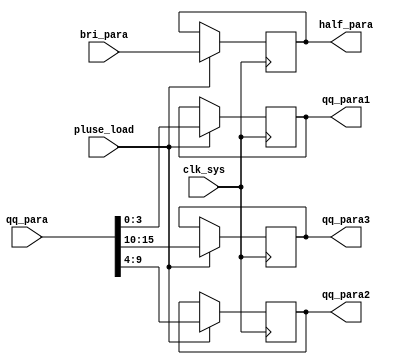
// bri_qq_load.v
module bri_qq_load(
                   clk_sys,
                   pluse_load,
                   bri_para,
                   qq_para,
                   half_para,
                   qq_para1,
                   qq_para2,
                   qq_para3
                  );

input clk_sys;
input pluse_load;

input [7:0]  bri_para;
input [15:0] qq_para;

output [3:0] qq_para1;
output [5:0] qq_para2;
output [5:0] qq_para3;
output [7:0] half_para;

reg [3:0] qq_para1;
reg [5:0] qq_para2;
reg [5:0] qq_para3;
reg [7:0] half_para;

always @ (posedge clk_sys)
    begin
         if (pluse_load == 1'b1)
             begin
                  half_para <= bri_para;
                  qq_para1  <= qq_para[3:0];
                  qq_para2  <= qq_para[9:4];
                  qq_para3  <= qq_para[15:10];
             end
         else
             begin
                  half_para <= half_para;
                  qq_para1  <= qq_para1;
                  qq_para2  <= qq_para2;
                  qq_para3  <= qq_para3;
             end
    end

endmodule